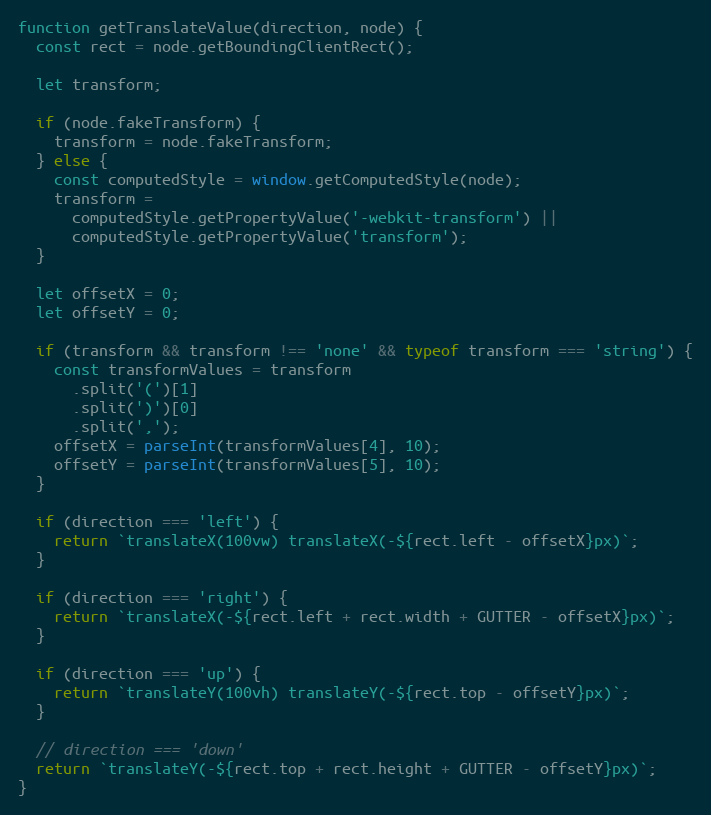
Language: JavaScript
function getTranslateValue(direction, node) {
  const rect = node.getBoundingClientRect();

  let transform;

  if (node.fakeTransform) {
    transform = node.fakeTransform;
  } else {
    const computedStyle = window.getComputedStyle(node);
    transform =
      computedStyle.getPropertyValue('-webkit-transform') ||
      computedStyle.getPropertyValue('transform');
  }

  let offsetX = 0;
  let offsetY = 0;

  if (transform && transform !== 'none' && typeof transform === 'string') {
    const transformValues = transform
      .split('(')[1]
      .split(')')[0]
      .split(',');
    offsetX = parseInt(transformValues[4], 10);
    offsetY = parseInt(transformValues[5], 10);
  }

  if (direction === 'left') {
    return `translateX(100vw) translateX(-${rect.left - offsetX}px)`;
  }

  if (direction === 'right') {
    return `translateX(-${rect.left + rect.width + GUTTER - offsetX}px)`;
  }

  if (direction === 'up') {
    return `translateY(100vh) translateY(-${rect.top - offsetY}px)`;
  }

  // direction === 'down'
  return `translateY(-${rect.top + rect.height + GUTTER - offsetY}px)`;
}